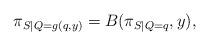
LaTeX: \begin{align*} \pi_{S|Q=g(q,y)}&=B(\pi_{S|Q=q},y),\end{align*}